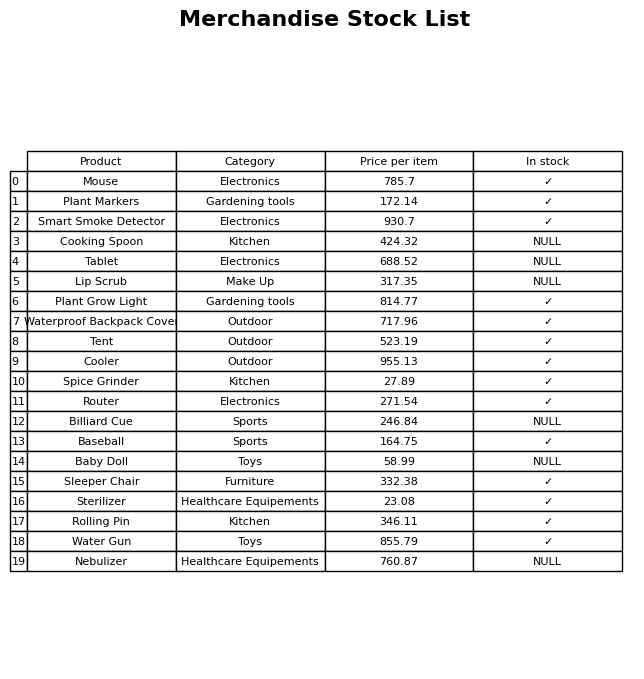
question: What is the price of the Smart Smoke Detector?
answer: The price of Smart Smoke Detector is 930.7.